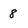
Character: 8